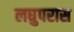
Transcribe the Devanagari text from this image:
लघुपरास